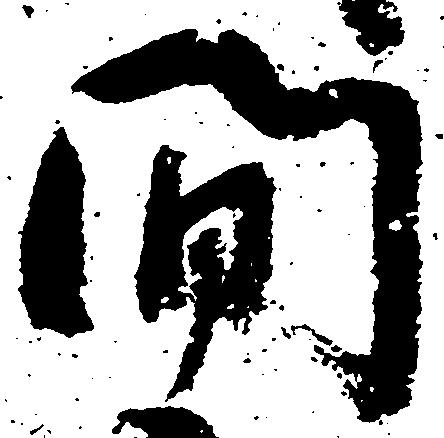
間